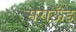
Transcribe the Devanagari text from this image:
सराऊँड